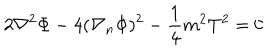
LaTeX: 2 \nabla ^ { 2 } \Phi - 4 ( \nabla _ { n } \Phi ) ^ { 2 } - \frac { 1 } { 4 } m ^ { 2 } T ^ { 2 } = 0